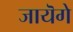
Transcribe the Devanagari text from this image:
जायॆगे